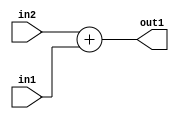
`timescale 1ps / 1ps
/*****************************************************************************
    Verilog RTL Description
    
    
    Created by: Stratus DpOpt 2019.1.01 
*******************************************************************************/

module fix2float_Add_8Ux8U_8U_4 (
	in2,
	in1,
	out1
	); /* architecture "behavioural" */ 
input [7:0] in2,
	in1;
output [7:0] out1;
wire [7:0] asc001;

assign asc001 = 
	+(in2)
	+(in1);

assign out1 = asc001;
endmodule

/* CADENCE  urf5Sww= : u9/ySgnWtBlWxVPRXgAZ4Og= ** DO NOT EDIT THIS LINE ******/